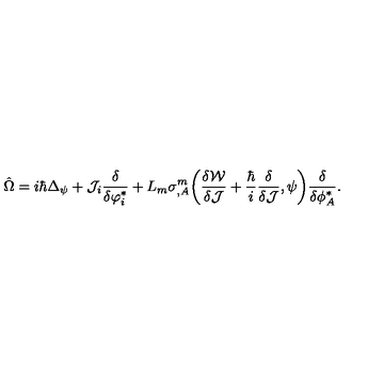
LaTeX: \hat { \Omega } = i \hbar \Delta _ { \psi } + { \cal J } _ { i } \frac { \delta } { \delta \varphi _ { i } ^ { * } } + L _ { m } \sigma _ { , A } ^ { m } \bigg ( \frac { \delta { \cal W } } { \delta { \cal J } } + \frac { \hbar } { i } \frac { \delta } { \delta { \cal J } } , \psi \bigg ) \frac { \delta } { \delta \phi _ { A } ^ { * } } .